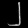
Digit: ၂